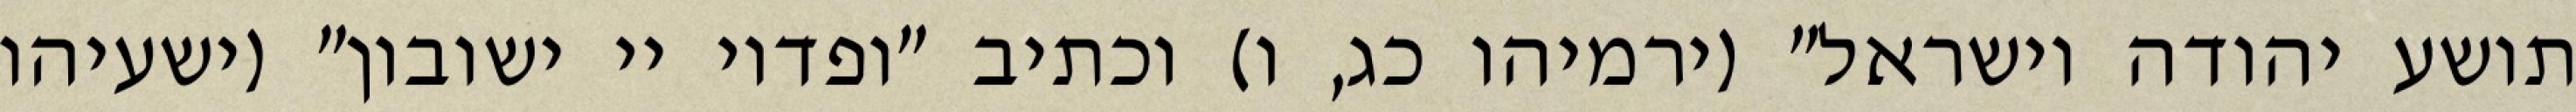
תושע יהודה וישראל" (ירמיהו כג, ו) וכתיב "ופדוי יי ישובון" (ישעיהו